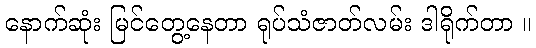
နောက်ဆုံး မြင်တွေ့နေတာ ရုပ်သံဇာတ်လမ်း ဒါရိုက်တာ ။